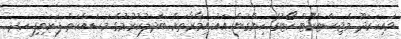
ވައިކަރަދޫ މެޖިސްޓްރޭޓް ކޯޓުގެ ހިންގުން އައު އިމާރާތަށް ބަދަލުކުރުމުގެ މަސައްކަތް ފަށައިފި ހދ.